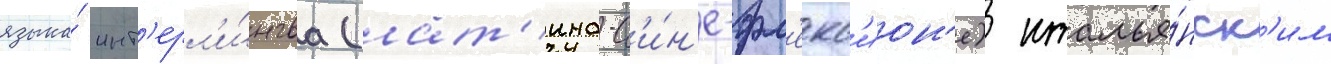
языка́ инт'ерл'и́нгва (лат'ино-с'и́н'е-фл'екс'ион'е) италья́нск'им